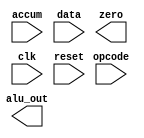
module alu(alu_out, accum, data, opcode, zero, clk, reset);
input clk, reset;
input [7:0] accum, data;
input [2:0] opcode;
output [7:0] alu_out;
output zero;






endmodule